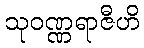
သုဝဏ္ဏရာဇီဟိ